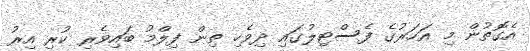
އެގޮތުން މި އަހަރުގެ ފެސްޓިލުގައި ދިވެހި ތިން ފިލްމު ބައިވެރި ކުރި އިރު